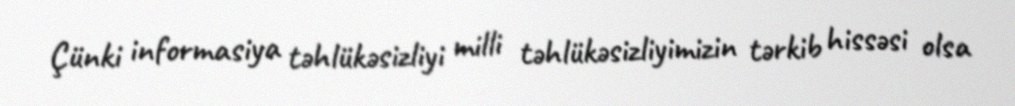
Çünki informasiya təhlükəsizliyi milli təhlükəsizliyimizin tərkib hissəsi olsa